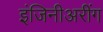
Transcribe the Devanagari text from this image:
इंजिनीअरींग